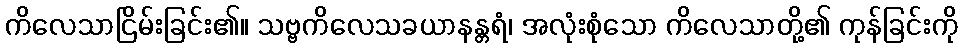
ကိလေသာငြိမ်းခြင်း၏။ သဗ္ဗကိလေသခယာနန္တရံ၊ အလုံးစုံသော ကိလေသာတို့၏ ကုန်ခြင်းကို